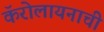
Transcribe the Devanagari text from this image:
कॅरोलायनाची